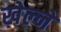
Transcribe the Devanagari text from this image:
खेल्ने